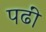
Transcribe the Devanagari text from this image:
पढीं